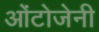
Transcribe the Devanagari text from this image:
ओंटोजेनी